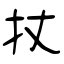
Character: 扙